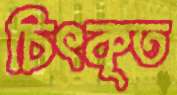
চিৎকৃত